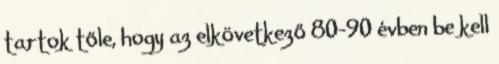
tartok tőle, hogy az elkövetkező 80-90 évben be kell